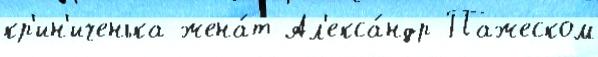
кр'ин'иченька жена́т Ал'екса́ндр Пажеском